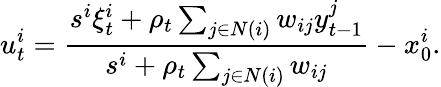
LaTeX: u_{t}^{i}=\frac{s^{i}\xi_{t}^{i}+\rho_{t}\sum_{j\in N(i)}w_{ij}y_{t-1}^{j}}{s^{i}+\rho_{t}\sum_{j\in N(i)}w_{ij}}-x_{0}^{i}.